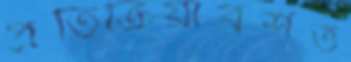
প্রতিক্রিয়াবশত